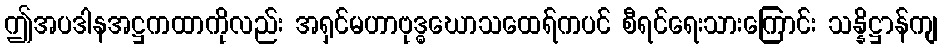
ဤအပဒါနအဋ္ဌကထာကိုလည်း အရှင်မဟာဗုဒ္ဓဃောသထေရ်ကပင် စီရင်ရေးသားကြောင်း သန္နိဋ္ဌာန်ကျ